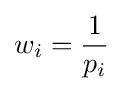
w_{i}={\frac {1}{p_{i}}}